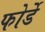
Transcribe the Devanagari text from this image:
फोर्डे